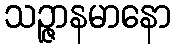
သဉ္ဇာနမာနော